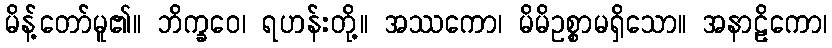
မိန့်တော်မူ၏။ ဘိက္ခဝေ၊ ရဟန်းတို့။ အဿကော၊ မိမိဥစ္စာမရှိသော။ အနာဠိကော၊